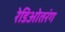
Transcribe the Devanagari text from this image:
रेडिओतरंग